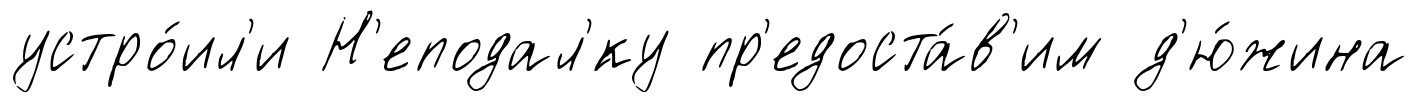
устро́ил'и Н'еподал'́ку пр'едоста́в'им д'ю́жина